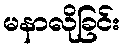
မနာလိုခြင်း